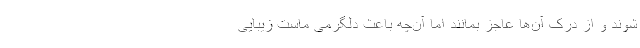
شوند و از درک آن‌ها عاجز بمانند اما آن‌چه باعث دلگرمی ماست زیبایی